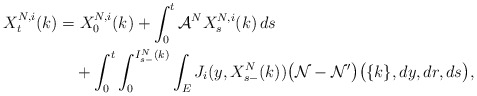
\begin{align*}\begin{aligned} X^{N,i}_t(k)&=X^{N,i}_0(k)+\int_0^t\mathcal{A}^NX^{N,i}_s(k)\,ds\\&\quad+\int_0^t\int_0^{I^N_{s-}(k)}\int_{E}J_i( y,X^N_{s-}(k))\big(\mathcal{N}-\mathcal{N}^{\prime}\big)\big(\{k\},dy,dr,ds\big),\end{aligned}\end{align*}